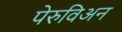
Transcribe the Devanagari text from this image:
पेरुविअन